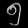
Digit: ၅